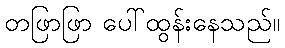
တဖြာဖြာ ပေါ်ထွန်းနေသည်။